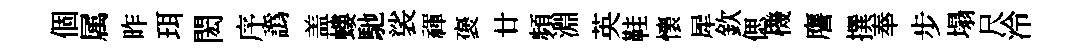
個属昨珥閎序譌盖螻馳裟禈褒廿頻淵英鞋懷犀欽偲機譍撰奉步塌尺泠